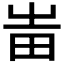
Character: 𤰫